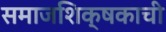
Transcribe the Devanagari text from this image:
समाजशिक्षकाची